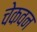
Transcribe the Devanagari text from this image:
चेकवन